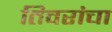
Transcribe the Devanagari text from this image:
तिवरांचा